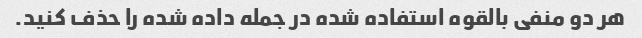
هر دو منفی بالقوه استفاده شده در جمله داده شده را حذف کنید.